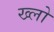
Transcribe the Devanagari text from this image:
ख्लो